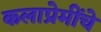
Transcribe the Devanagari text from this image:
कलाप्रेमींचे